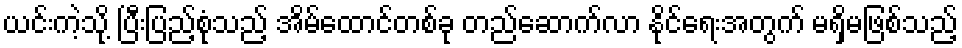
ယင်းကဲ့သို့ ပြီးပြည့်စုံသည့် အိမ်ထောင်တစ်ခု တည်ဆောက်လာ နိုင်ရေးအတွက် မရှိမဖြစ်သည့်